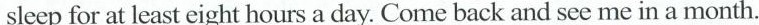
sleep for at least eight hours a day. Come back and see me in a month.